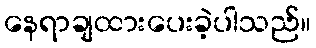
နေရာချထားပေးခဲ့ပါသည်။